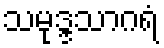
သမုဒ္ဒသာဂရံ